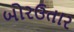
બોરઉતાર